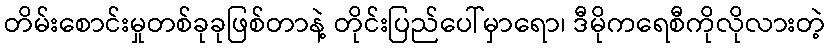
တိမ်းစောင်းမှုတစ်ခုခုဖြစ်တာနဲ့ တိုင်းပြည်ပေါ်မှာရော၊ ဒီမိုကရေစီကိုလိုလားတဲ့